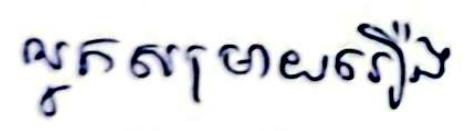
អ្នកសម្រាយរឿង